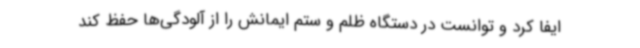
ایفا کرد و توانست در دستگاه ظلم و ستم ایمانش را از آلودگی‌ها حفظ کند